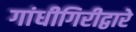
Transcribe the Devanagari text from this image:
गांधीगिरीद्वारे